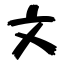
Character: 文